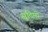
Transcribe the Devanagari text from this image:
सुदिप्तो